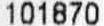
101870